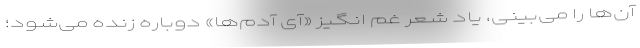
آن‌ها را می‌بینی، یاد شعرِ غم انگیزِ «آی آدم‌ها» دوباره زنده می‌شود؛